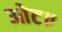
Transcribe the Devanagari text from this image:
ओट॥